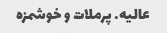
عالیه. پرملات و خوشمزه